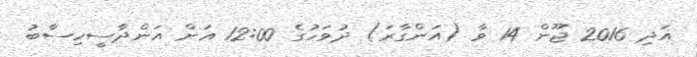
އަދި 2016 ޖޫން 14 ވާ (އަންގާރަ) ދުވަހުގެ 12:00 އަށް އަންދާސީހިސާބު